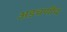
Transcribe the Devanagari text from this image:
अडचणीच